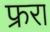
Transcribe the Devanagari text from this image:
फ्ररा